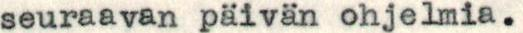
seuraavan päivän ohjelmia.